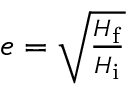
\textstyle e = { \sqrt { \frac { H _ { \mathrm { f } } } { H _ { \mathrm { i } } } } }